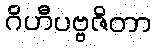
ဂိဟီပဗ္ဗဇိတာ